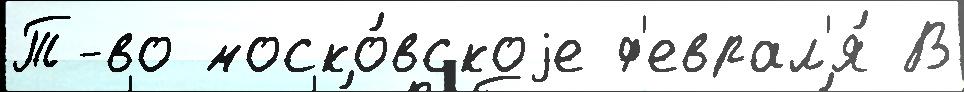
Т-во моско́вскоjе ф'еврал'я́ В